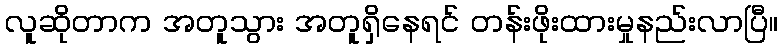
လူဆိုတာက အတူသွား အတူရှိနေရင် တန်းဖိုးထားမှုနည်းလာပြီ။